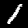
Digit: 1